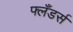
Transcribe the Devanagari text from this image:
फ्लँडर्स